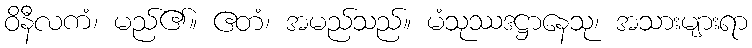
ဝိနီလကံ၊ မည်၏။ ဧတံ၊ အမည်သည်။ မံသုဿဒဋ္ဌာနေသု၊ အသားများရာ